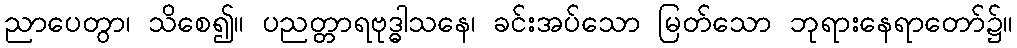
ညာပေတွာ၊ သိစေ၍။ ပညတ္တာရဗုဒ္ဓါသနေ၊ ခင်းအပ်သော မြတ်သော ဘုရားနေရာတော်၌။